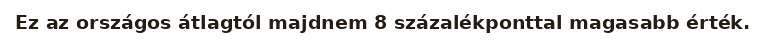
Ez az országos átlagtól majdnem 8 százalékponttal magasabb érték.